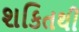
શકિતથી